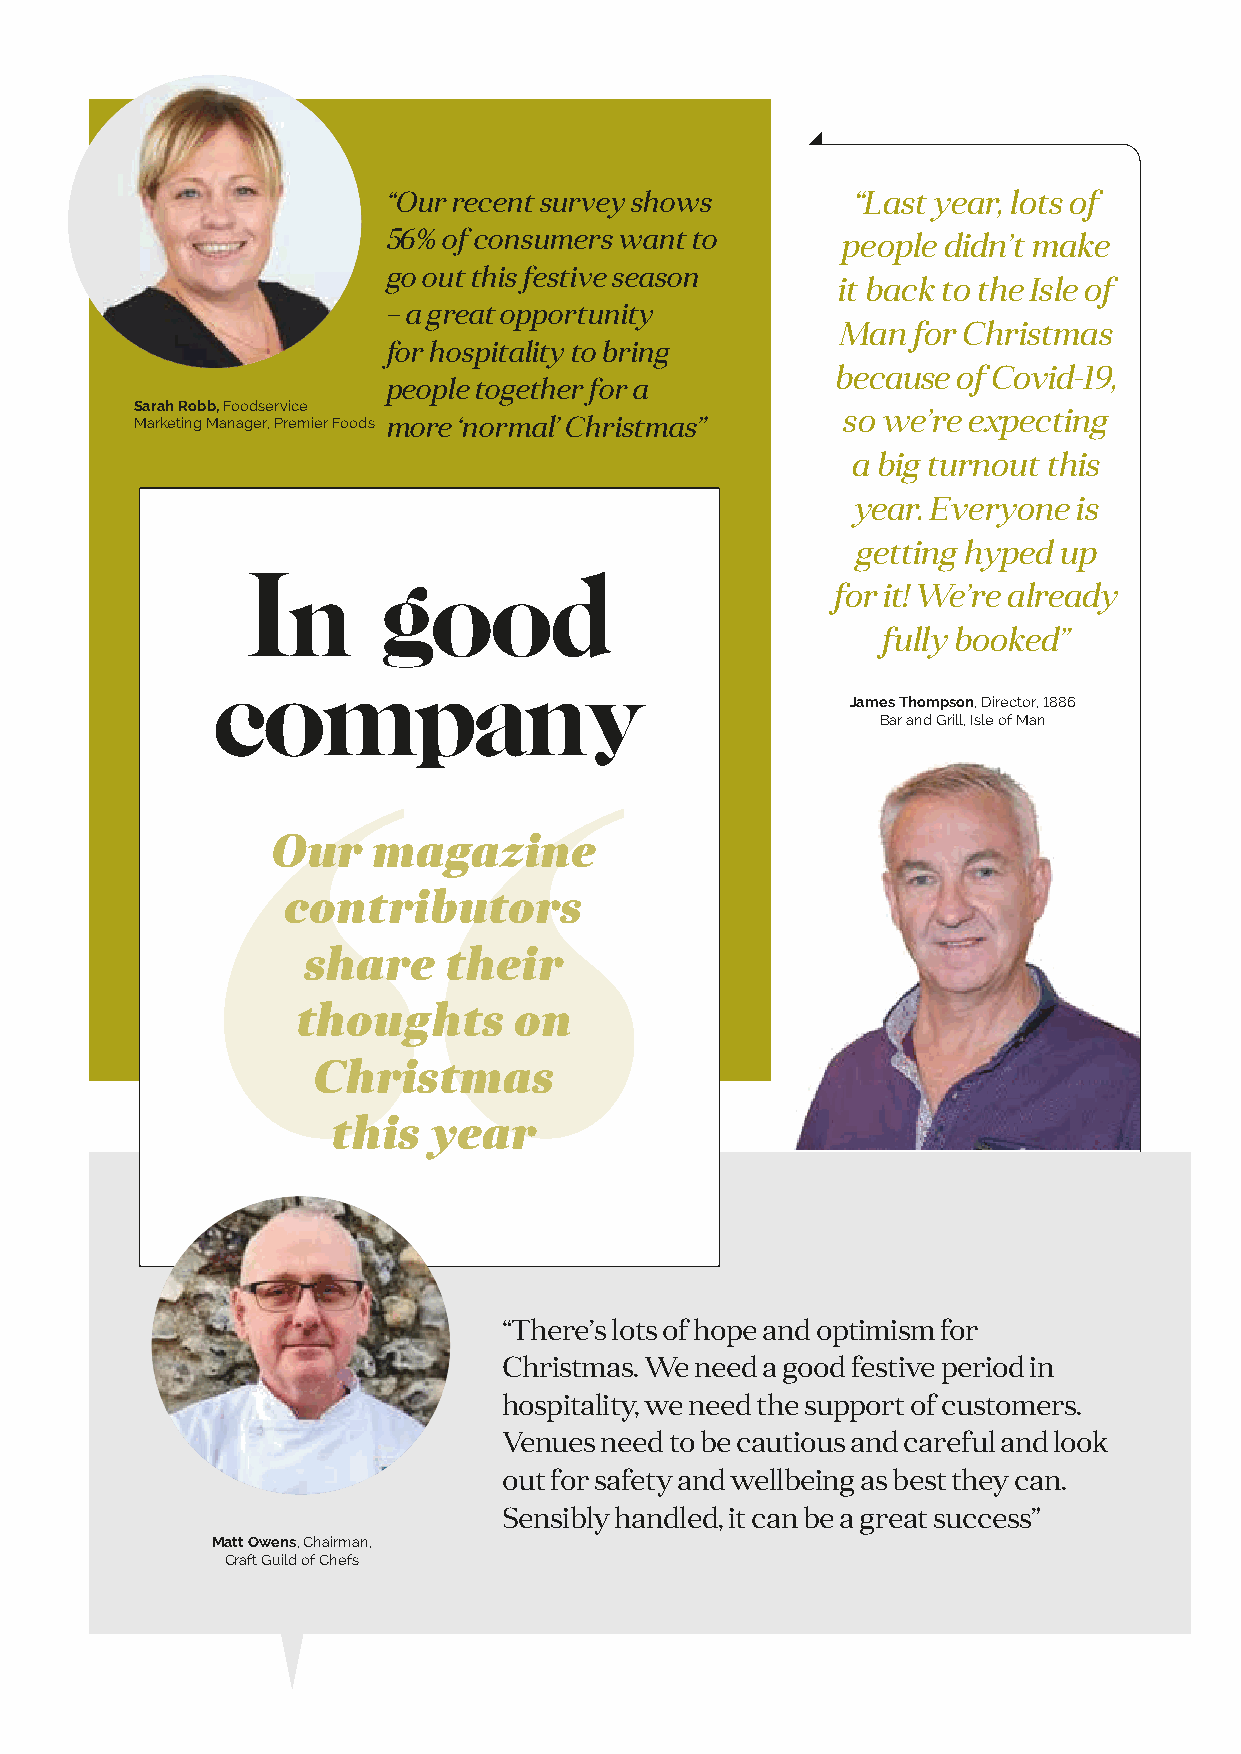
“Our recent survey shows       “Last year, lots of
 56% of consumers want to      people didn’t make
 go out this festive season
 it back to the Isle of
 – a great opportunity
 Man  for Christmas
 for hospitality to bring
 because of Covid-19,
 people together for a
 Sarah Robb, Foodservice
 so we’re expecting
 Marketing Manager, Premier Foods more ‘normal’ Christmas”
 a big turnout this
 year. Everyone is
 getting hyped up
 In       good
 for it! We’re already
 fully booked”
 company
 James Thompson, Director, 1886
 Bar and Grill, Isle of Man
 Our    magazine
 contributors
 share     their
 thoughts      on
 Christmas
 this   year
 “There’s lots of hope and optimism for
 Christmas. We need a good festive period in
 hospitality, we need the support of customers.
 Venues need to be cautious and careful and look
 out for safety and wellbeing as best they can.
 Sensibly handled, it can be a great success”
 Matt Owens, Chairman,
 Craft Guild of Chefs
 BB&&KK--iissssuuee--0088--pp0044--0055--IIGGCC--vv66 SSUUBB..iinndddd 44 1122//1100//22002211 1144::1199